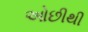
ઓછીથી